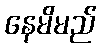
နေမိမည်